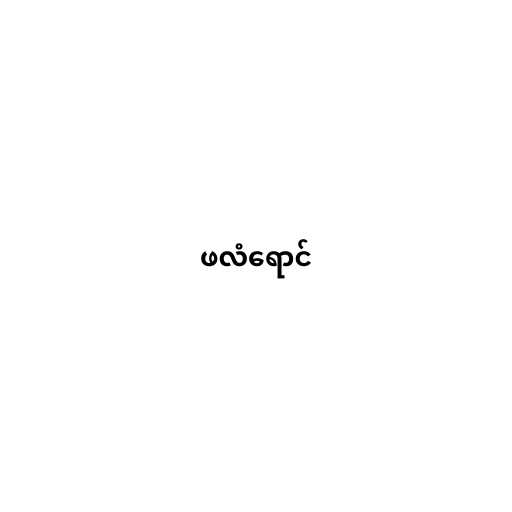
ဖလံရောင်